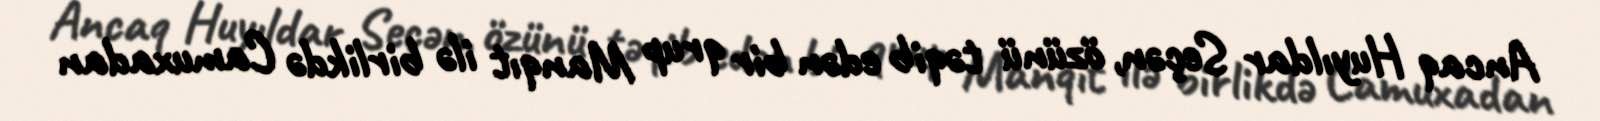
Ancaq Huyıldar Seçən, özünü təqib edən bir qrup Manqıt ilə birlikdə Camuxadan